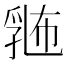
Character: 𪜛